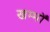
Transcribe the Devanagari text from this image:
खम्भोँ